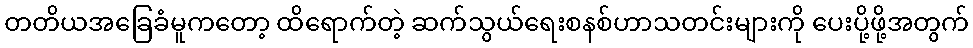
တတိယအခြေခံမူကတော့ ထိရောက်တဲ့ ဆက်သွယ်ရေးစနစ်ဟာသတင်းများကို ပေးပို့ဖို့အတွက်